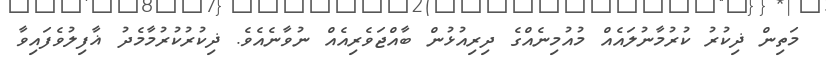
މަތިން ޛިކުރު ކުރުމާނުލައެއް މުއުމިނެއްގެ ދިރިއުޅުން ބާއްޖަވެރިއެއް ނުވާނެއެވެ. ޛިކުރުކުރުމާމެދު ޣާފިލުވެފައިވާ